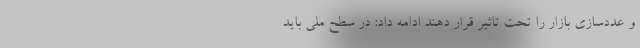
و عددسازی بازار را تحت تاثیر قرار دهند ادامه داد: در سطح ملی باید